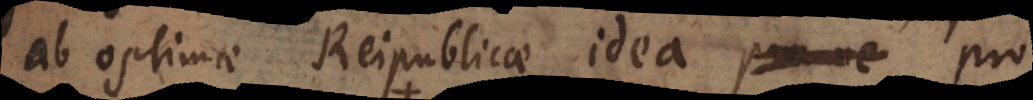
ab optimae Reipublicae idea pro